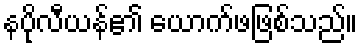
နပိုလီယန်၏ ယောက်ဖဖြစ်သည်။